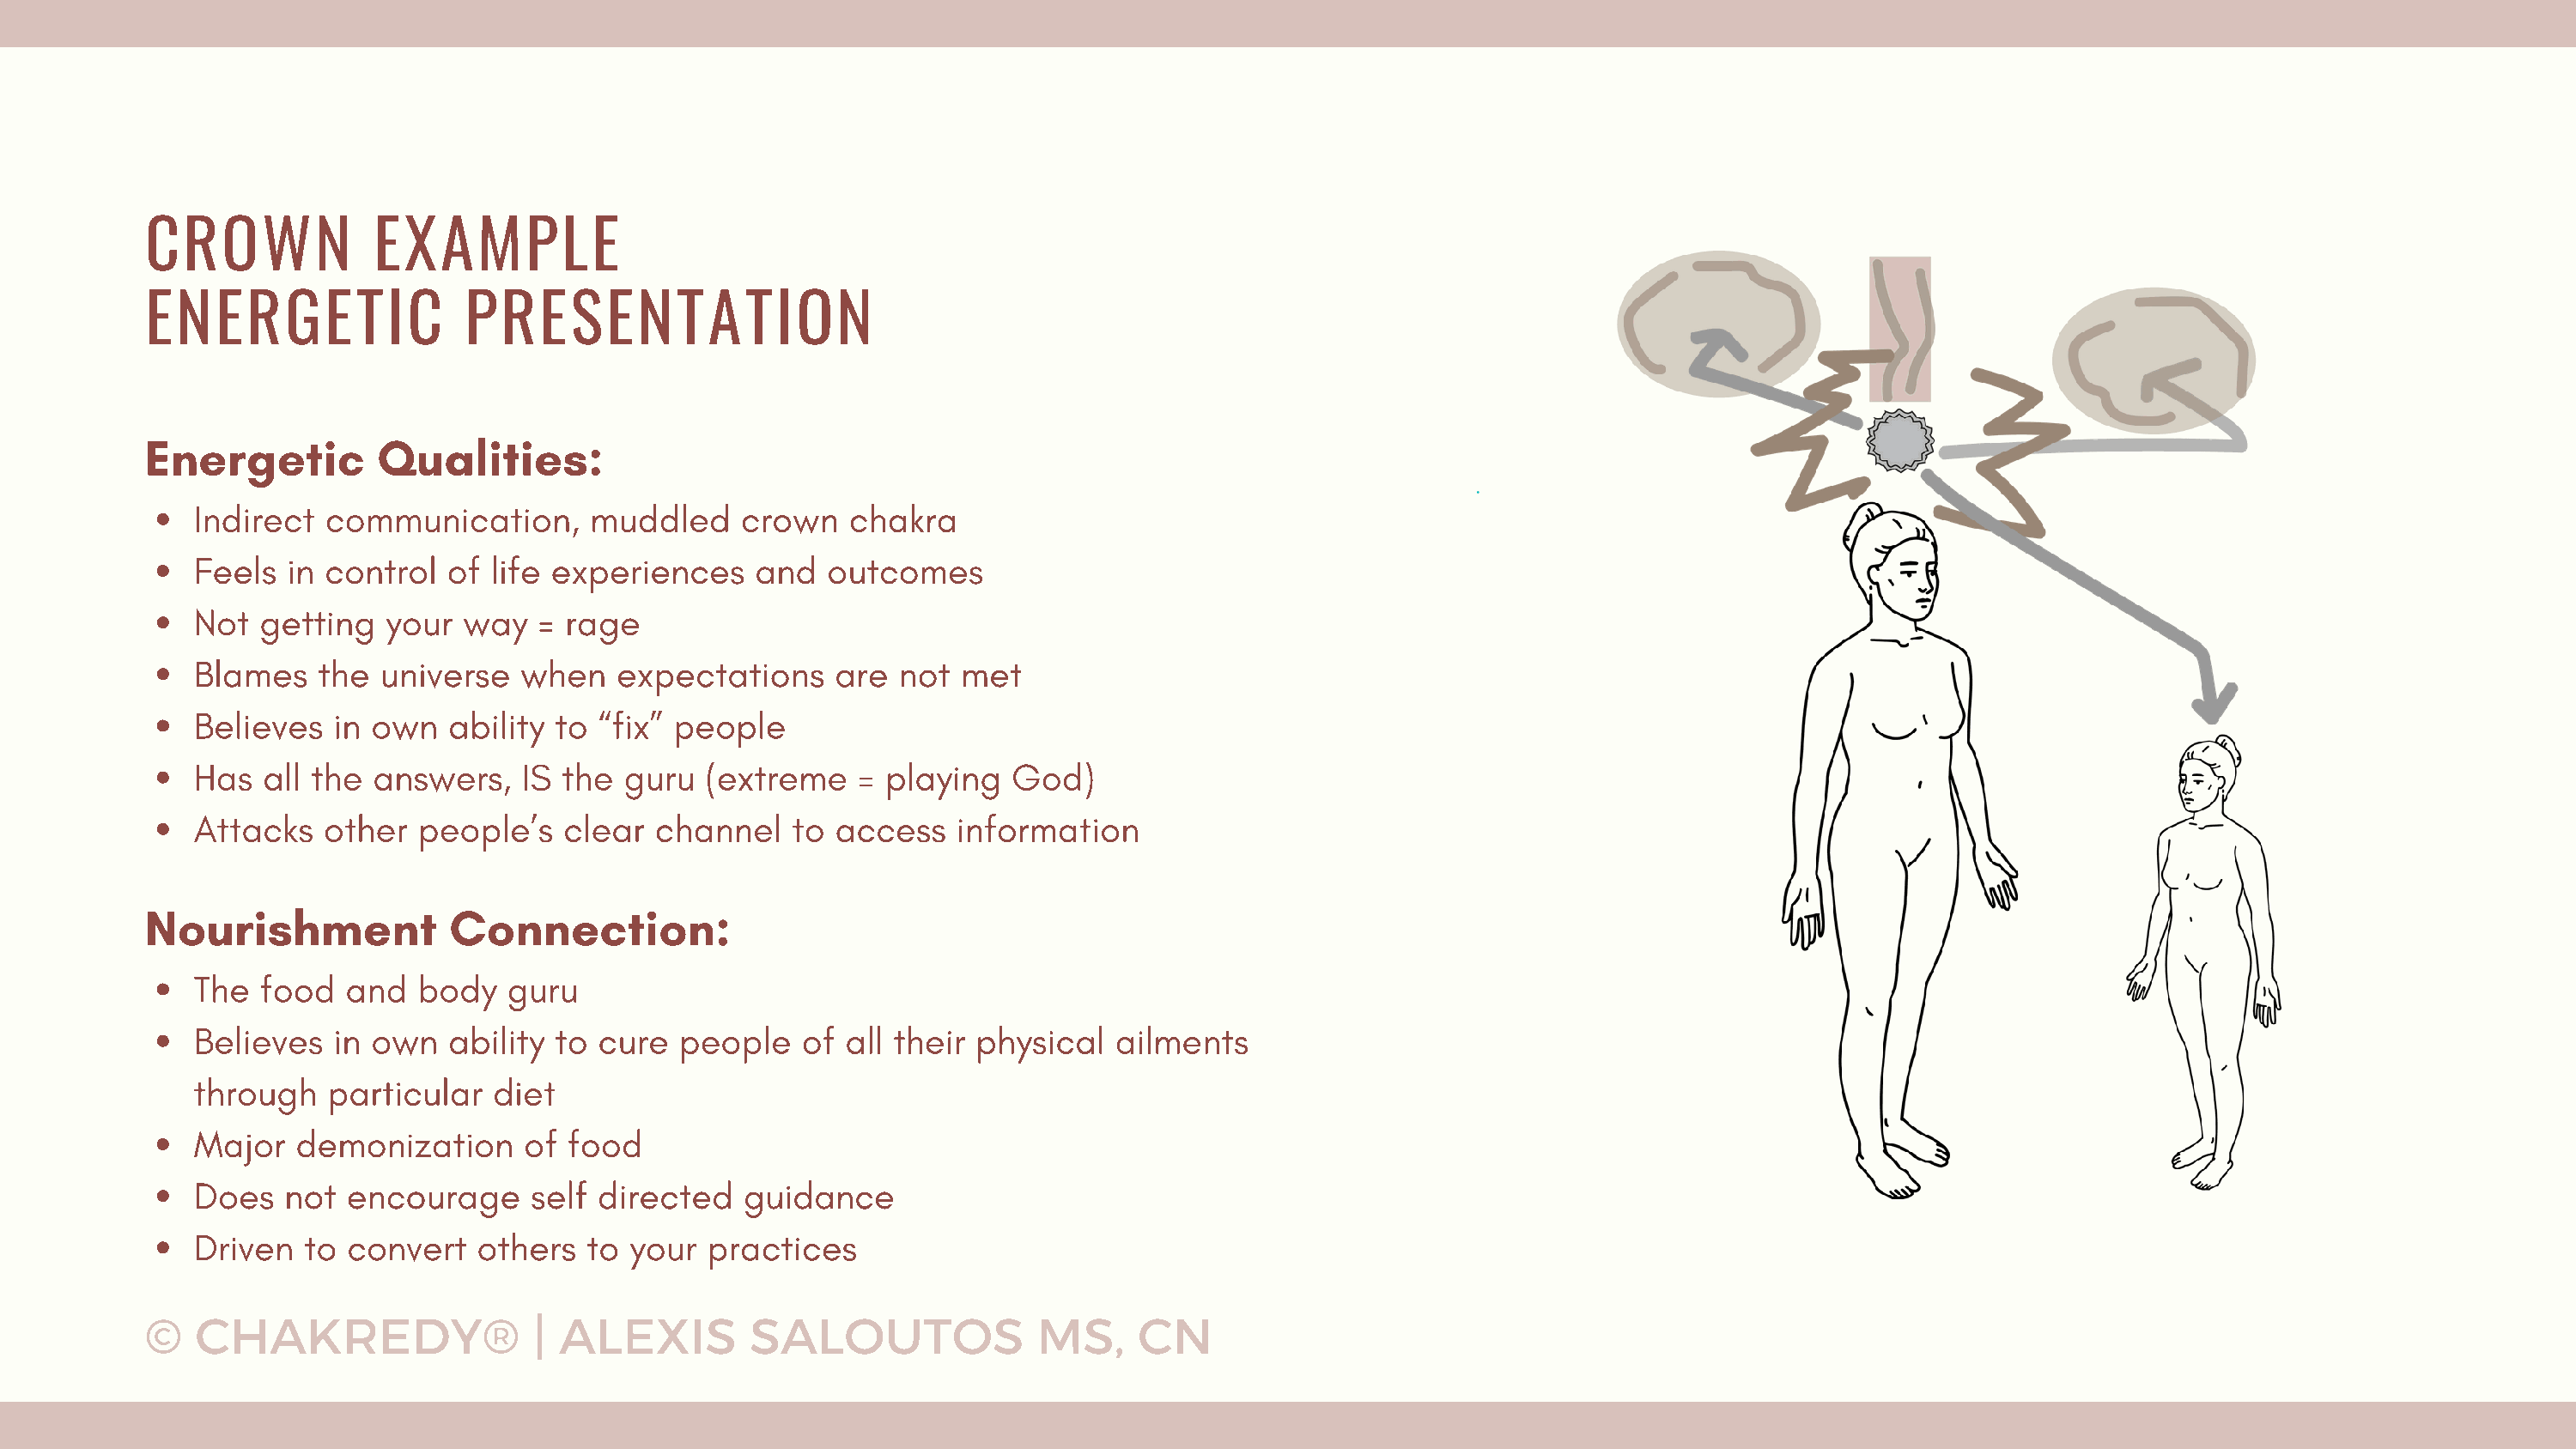
CROWN             EXAMPLE
 ENERGETIC                PRESENTATION
 Energetic         Qualities:
 Indirect  communication,      muddled     crown   chakra
 Feels  in control  of  life experiences    and   outcomes
 Not  getting   your  way  =  rage
 Blames    the universe   when    expectations    are  not  met
 Believes   in own   ability to “fix” people
 Has  all the  answers,   IS the  guru  (extreme    = playing   God)
 Attacks   other  people’s   clear  channel    to access    information
 Nourishment             Connection:
 The  food   and  body   guru
 Believes   in own   ability to cure  people    of all their physical   ailments
 through   particular   diet
 Major   demonization     of  food
 Does   not  encourage     self directed   guidance
 Driven  to  convert   others  to  your  practices
 ©   CHAKREDY®                 | ALEXIS         SALOUTOS              MS,     CN